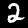
Digit: 2